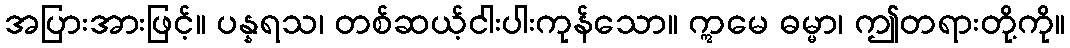
အပြားအားဖြင့်။ ပန္နရသ၊ တစ်ဆယ့်ငါးပါးကုန်သော။ ဣမေ ဓမ္မာ၊ ဤတရားတို့ကို။